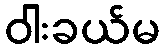
ဝါးခယ်မ